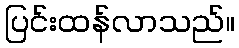
ပြင်းထန်လာသည်။